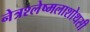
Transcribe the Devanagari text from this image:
नेत्रश्लेष्मलाशोथसी